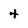
Character: 4